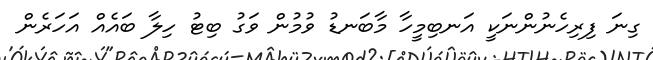
ގިނަ ފިރިހެނުންނަކީ އަނބިމީހާ މާބަނޑު ވުމުން ވަގު ބިޓު ހިލާ ބައެއް އަހަރެން